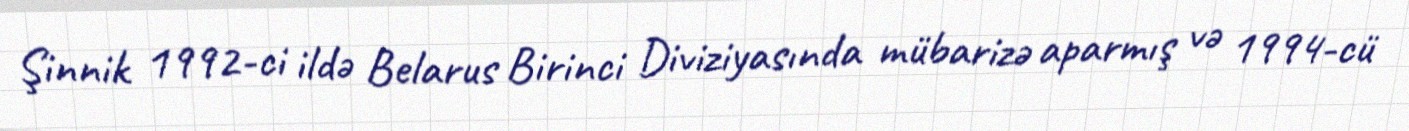
Şinnik 1992-ci ildə Belarus Birinci Diviziyasında mübarizə aparmış və 1994-cü